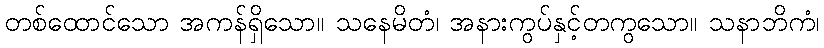
တစ်ထောင်သော အကန်ရှိသော။ သနေမိတံ၊ အနားကွပ်နှင့်တကွသော။ သနာဘိကံ၊